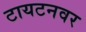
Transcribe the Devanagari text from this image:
टायटनवर